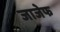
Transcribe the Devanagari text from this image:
जाजेफ